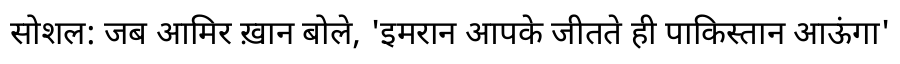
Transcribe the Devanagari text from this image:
सोशल: जब आमिर ख़ान बोले, 'इमरान आपके जीतते ही पाकिस्तान आऊंगा'